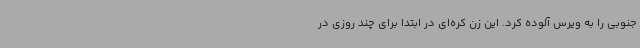
جنوبی را به ویرس آلوده کرد. این زن کره‌ای در ابتدا برای چند روزی در